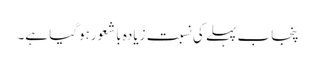
پنجاب پہلے کی نسبت زیادہ باشعورہوگیا ہے۔